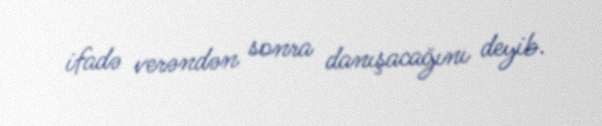
ifadə verəndən sonra danışacağını deyib.